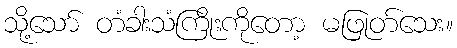
သို့သော် တံခါးသံကြိုးကိုတော့ မဖြုတ်သေး။